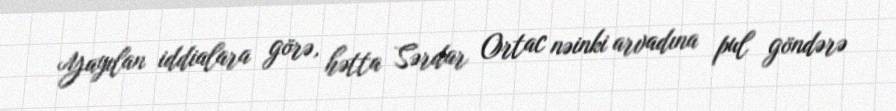
Yayılan iddialara görə, hətta Sərdar Ortac nəinki arvadına pul göndərə